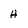
Character: H